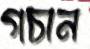
গচান